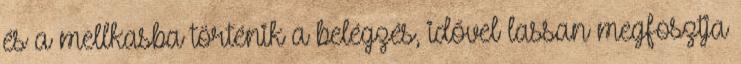
és a mellkasba történik a belégzés, idővel lassan megfosztja